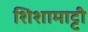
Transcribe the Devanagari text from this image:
शिशामाट्टी